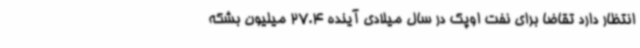
انتظار دارد تقاضا برای نفت اوپک در سال میلادی آینده 27.4 میلیون بشکه